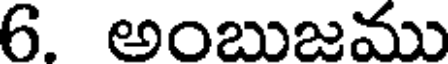
6. అంబుజము